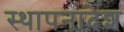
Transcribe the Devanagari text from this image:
स्थापनादेश